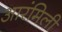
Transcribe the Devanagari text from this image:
आरंमिली